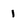
Character: 1